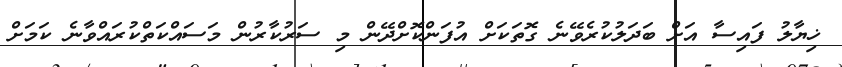
ޚިޔާލު ފައިސާ އަށް ބަދަލުކުރެވޭނެ ގޮތަކަށް އުފަންކޮށްދޭން މި ސަރުކާރުން މަސައްކަތްކުރައްވާނެ ކަމަށް